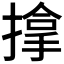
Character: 𢲡